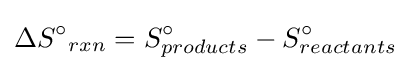
{\Delta S^{\circ }}_{rxn}=S_{products}^{\circ }-S_{reactants}^{\circ }